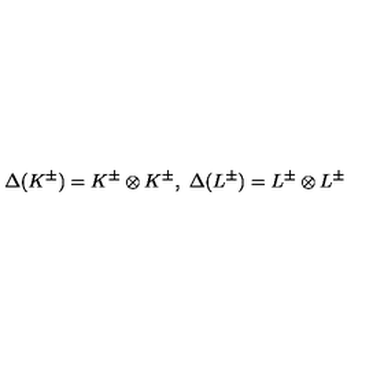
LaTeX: \Delta ( K ^ { \pm } ) = K ^ { \pm } \otimes K ^ { \pm } , \ \Delta ( L ^ { \pm } ) = L ^ { \pm } \otimes L ^ { \pm }